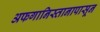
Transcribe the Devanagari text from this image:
अफगानिस्तानापासून